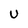
Character: U